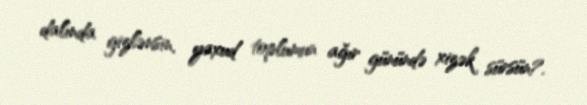
dalında gizlənsin, yaxud toplumun ağır günündə xizək sürsün?.